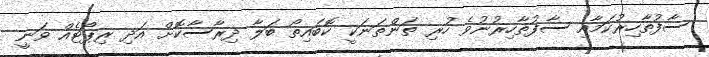
ސާފުތާހިރުކަމާއި ސާފުތާހިރުނުވެ ހުރި ތަންތަނަކީ ކޮބަައިތޯ ބަލާ ދިރާސާކޮށް އަދި ރިޕޯޓެއް ވަނީ